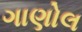
ગાણોલ